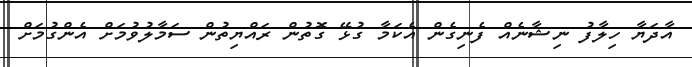
އާދަޔާ ހިލާފު ނިޝާނެއް ފެނިގެން އެކަމާ ގުޅޭ ގޮތުން ރައްޔިތުން ސަމާލުވުމަށް އެންގުމަށް